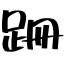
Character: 跚